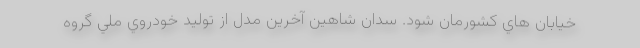
خیابان هاي كشورمان شود. سدان شاهين آخرين مدل از توليد خودروي ملي گروه